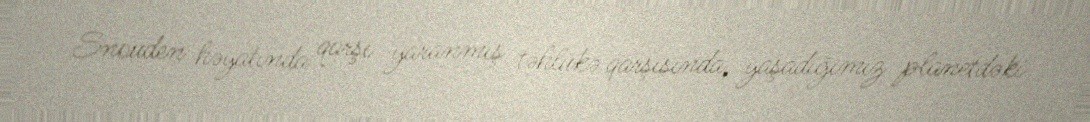
Snouden həyatında qarşı yaranmış təhlükə qarşısında, yaşadığımız planetdəki